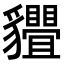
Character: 𧴢